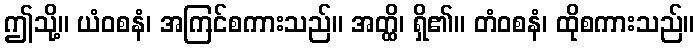
ဤသို့။ ယံဝစနံ၊ အကြင်စကားသည်။ အတ္ထိ၊ ရှိ၏။ တံဝစနံ၊ ထိုစကားသည်။